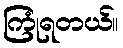
ကြုံရတယ်။